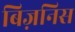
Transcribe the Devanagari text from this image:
बिज़निस